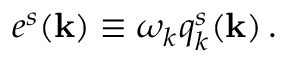
e ^ { s } ( { \bf k } ) \equiv \omega _ { k } q _ { k } ^ { s } ( { \bf k } ) \, .